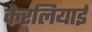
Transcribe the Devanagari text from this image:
केरलियाई